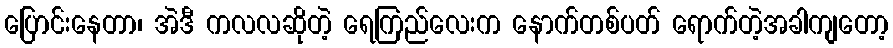
ပြောင်းနေတာ၊ အဲဒီ ကလလဆိုတဲ့ ရေကြည်လေးက နောက်တစ်ပတ် ရောက်တဲ့အခါကျတော့